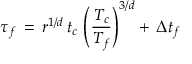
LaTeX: \tau _ { f } \, = \, r ^ { 1 / d } \, t _ { c } \, \left( { \frac { \displaystyle T _ { c } } { \displaystyle T _ { f } } } \right) ^ { 3 / d } + \, \Delta t _ { f }